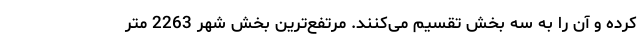
کرده و آن را به سه بخش تقسیم می‌کنند. مرتفع‌ترین بخش شهر 2263 متر